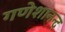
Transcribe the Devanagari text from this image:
गणेशानन्द